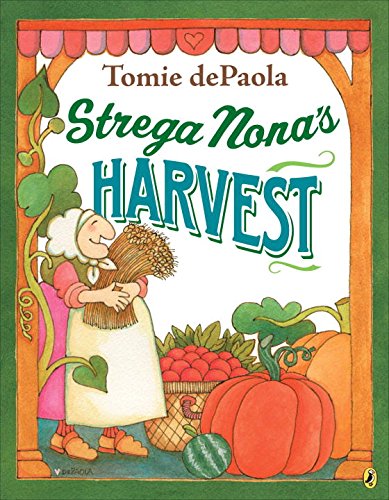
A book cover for Strega Nona's Harvest; Tomie dePaola; Children's Books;